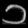
Digit: ၁